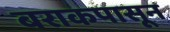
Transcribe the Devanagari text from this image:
बराकपासून